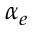
\alpha _ { e }